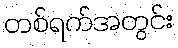
တစ်ရက်အတွင်း